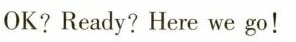
OK?Ready? Here we go!